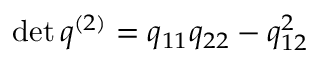
\operatorname* { d e t } q ^ { ( 2 ) } = q _ { 1 1 } q _ { 2 2 } - q _ { 1 2 } ^ { 2 }